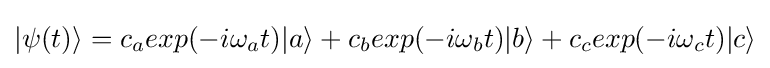
|\psi (t)\rangle =c_{a}exp(-i\omega _{a}t)|a\rangle +c_{b}exp(-i\omega _{b}t)|b\rangle +c_{c}exp(-i\omega _{c}t)|c\rangle